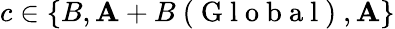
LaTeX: c\in\{ B,\mathbf{A}+B\mathrm{{~(~G~l~o~b~a~l~)~}},\mathbf{A}\}